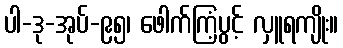
ပါ-ဒု-အုပ်-၉၅၊ ဖေါက်ကြံ့ပွင့် လှူရကျိုး။